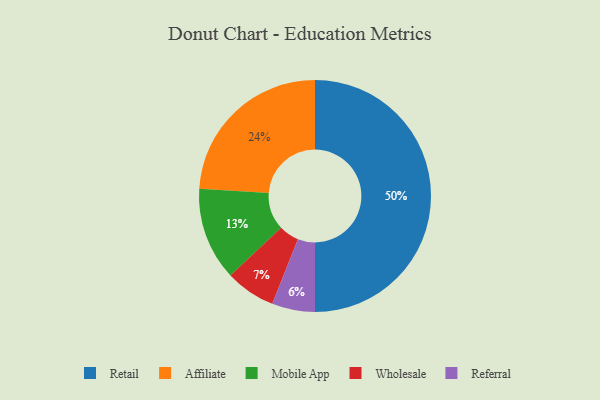
{"axis": {"x": "Category", "y": "Percentage"}, "legend": ["Affiliate", "Mobile App", "Referral", "Retail", "Wholesale"], "data": [{"x": "Wholesale", "y": 7, "type": "Wholesale"}, {"x": "Referral", "y": 6, "type": "Referral"}, {"x": "Retail", "y": 50, "type": "Retail"}, {"x": "Affiliate", "y": 24, "type": "Affiliate"}, {"x": "Mobile App", "y": 13, "type": "Mobile App"}]}